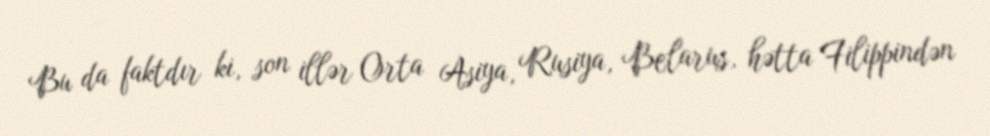
Bu da faktdır ki, son illər Orta Asiya, Rusiya, Belarus, hətta Filippindən